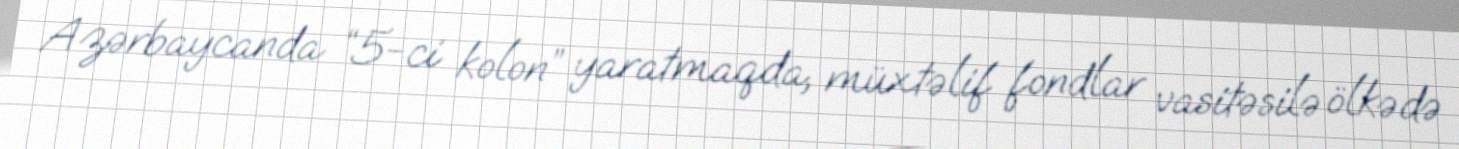
Azərbaycanda “5-ci kolon” yaratmaqda, müxtəlif fondlar vasitəsilə ölkədə